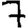
Digit: 7